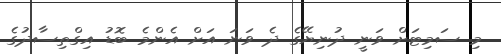
މި ސަމިޓަށް ވަނީ ދުނިޔޭގެ ދެ ވަނަ އަށް އެންމެ ބޮޑު އިގްތިސާދުގެ